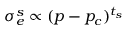
\sigma _ { e } ^ { s } \propto ( p - p _ { c } ) ^ { t _ { s } }